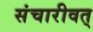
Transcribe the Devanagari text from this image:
संचारीवत्